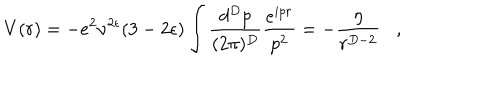
LaTeX: V ( r ) = - e ^ { 2 } \nu ^ { 2 \epsilon } ( 3 - 2 \epsilon ) \int \frac { d ^ { D } p } { ( 2 \pi ) ^ { D } } \frac { e ^ { i p r } } { p ^ { 2 } } = - \frac { \eta } { r ^ { D - 2 } } ,